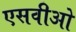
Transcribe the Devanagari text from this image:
एसवीओ